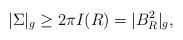
\begin{align*}|\Sigma|_g \ge 2\pi I(R) = | B^2_R|_g,\end{align*}